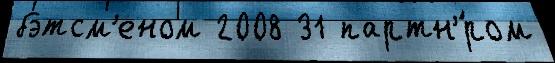
бэтсм'еном 2008 31 партн'́ром